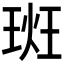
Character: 𪻮